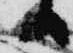
日